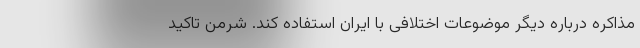
مذاکره درباره دیگر موضوعات اختلافی با ایران استفاده کند. شرمن تاکید